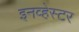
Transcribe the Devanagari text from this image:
इनव्हेस्टर